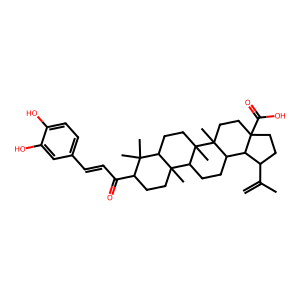
SMILES: C=C(C)C1CCC2(C(=O)O)CCC3(C)C(CCC4C5(C)CCC(C(=O)C=Cc6ccc(O)c(O)c6)C(C)(C)C5CCC43C)C12
Inhibits HIV replication: No